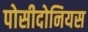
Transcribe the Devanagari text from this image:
पोसीदोनियस